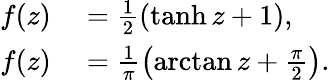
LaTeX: \begin{array}{rl}{f(z)}&{{}=\frac{1}{2}\left(\operatorname{tanh}{z}+1\right),}\\ {f(z)}&{{}=\frac{1}{\pi}\left(\arctan{z}+\frac{\pi}{2}\right).}\end{array}